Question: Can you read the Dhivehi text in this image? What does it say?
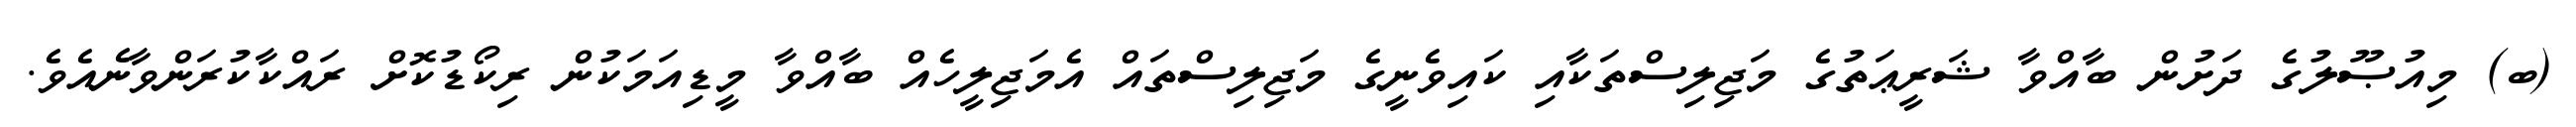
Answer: (ބ) މިއުޞޫލުގެ ދަށުން ބާއްވާ ޝަރީޢަތުގެ މަޖިލިސްތަކާއި ކައިވެނީގެ މަޖިލިސްތައް އެމަޖިލީހެއް ބާއްވާ މީޑިއަމަކުން ރިކޯޑުކޮށް ރައްކާކުރަންވާނެއެވެ.